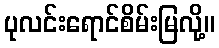
ပုလင်းရောင်စိမ်းမြလို့။